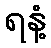
ရနံ့